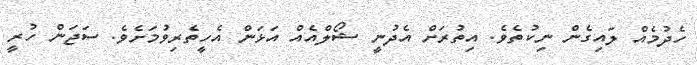
ހެދުމެއް ލައިގެން ނިކުތެވެ. އިތުރަށް އެދުނީ ޝޯލްއެއް އަޅަން އެހީތެރިވުމަށެވެ. ސަޖަން ހުރީ